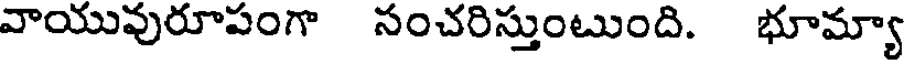
వాయువురూపంగా సంచరిస్తుంటుంది. భూమ్యా